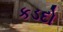
કડદો